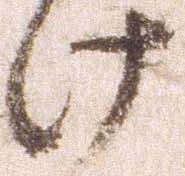
け